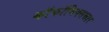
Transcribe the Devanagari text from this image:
काॅकॉमिक्ससार